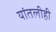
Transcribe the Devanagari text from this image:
यांतलीही